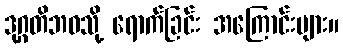
ဒုဂ္ဂတိဘဝသို့ ရောက်ခြင်း အကြောင်းများ။